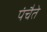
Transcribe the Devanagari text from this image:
पंचैते